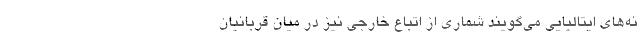
نه‌های ایتالیایی می‌گویند شماری از اتباع خارجی نیز در میان قربانیان